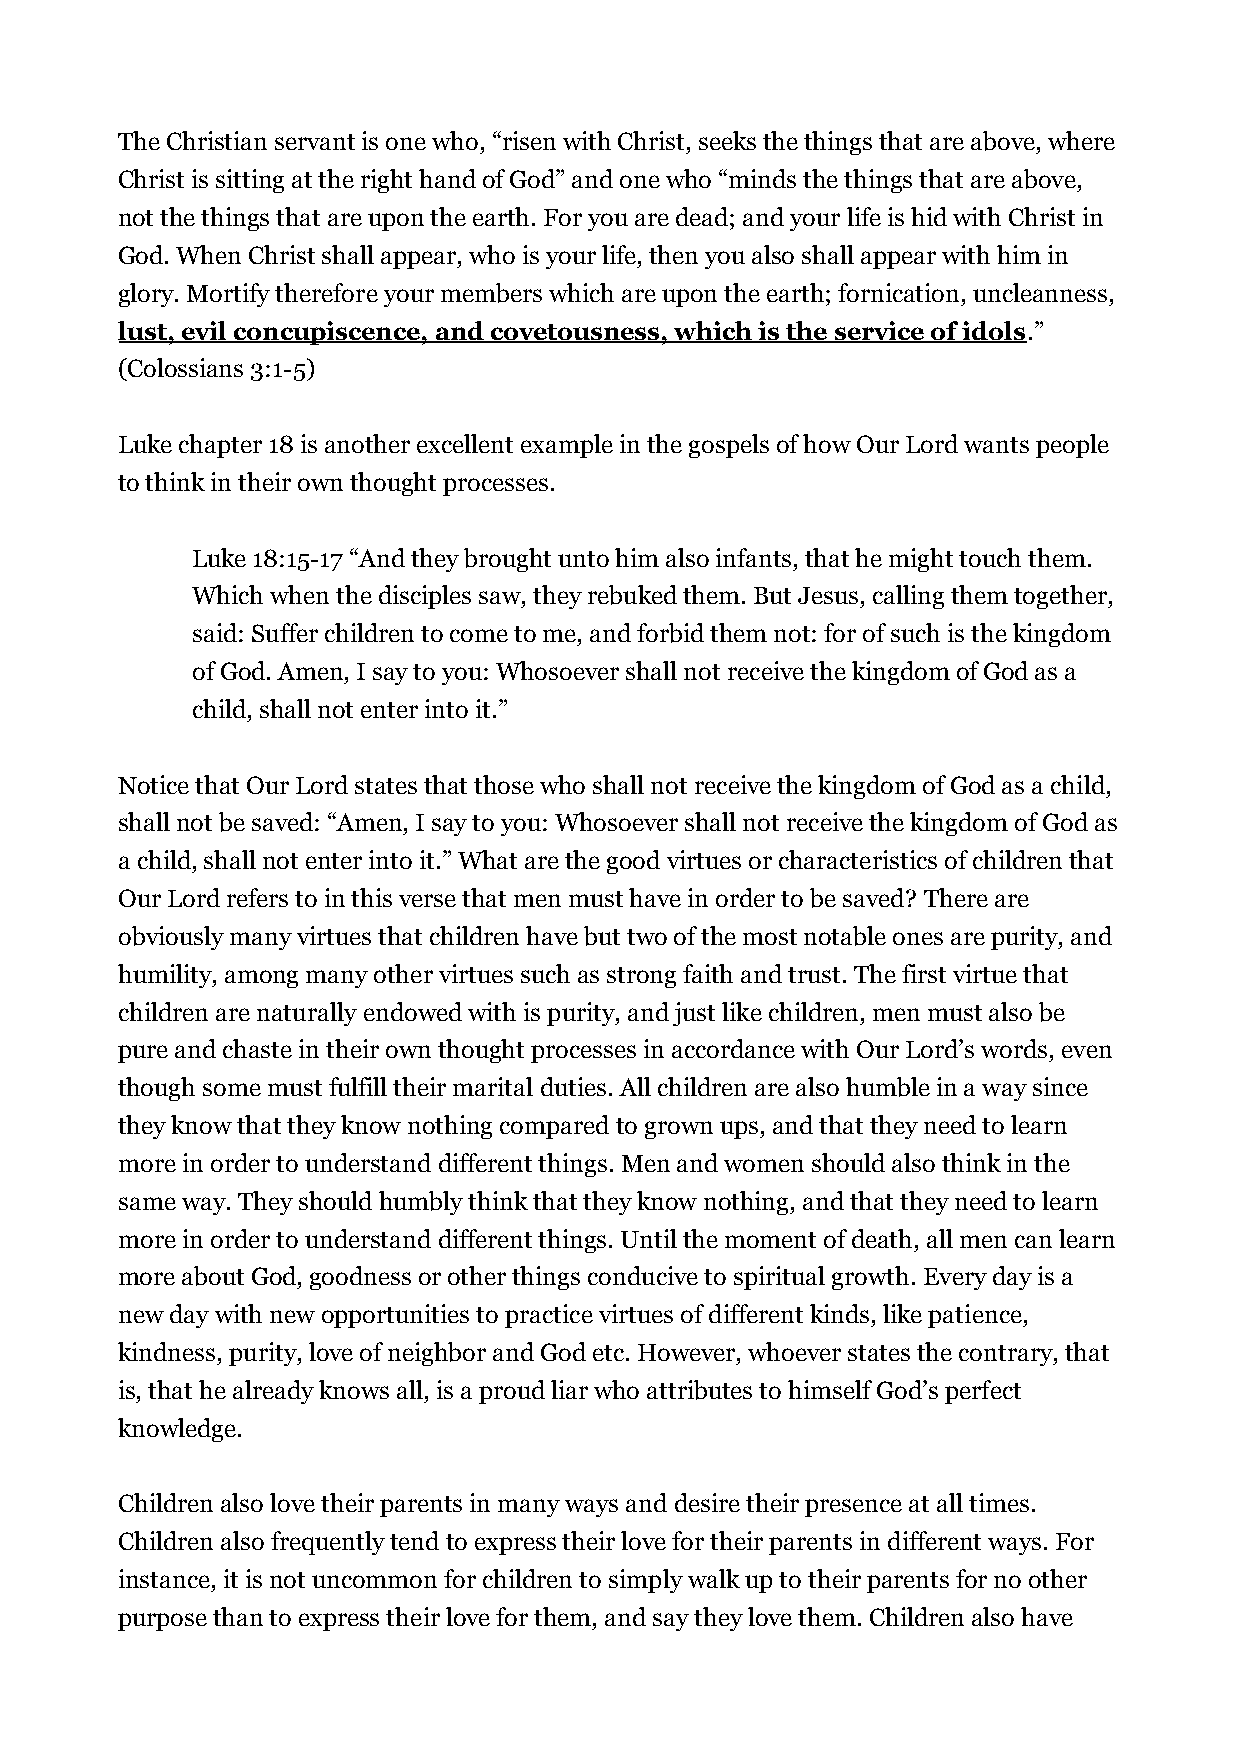
The Christian servant is one who, “risen with Christ, seeks the things that are above, where
 Christ is sitting at the right hand of God” and one who “minds the things that are above,
 not the things that are upon the earth. For you are dead; and your life is hid with Christ in
 God. When Christ shall appear, who is your life, then you also shall appear with him in
 glory. Mortify therefore your members which are upon the earth; fornication, uncleanness,
 lust, evil concupiscence, and covetousness, which is the service of idols.”
 (Colossians 3:1-5)
 Luke chapter 18 is another excellent example in the gospels of how Our Lord wants people
 to think in their own thought processes.
 Luke 18:15-17 “And they brought unto him also infants, that he might touch them.
 Which when the disciples saw, they rebuked them. But Jesus, calling them together,
 said: Suffer children to come to me, and forbid them not: for of such is the kingdom
 of God. Amen, I say to you: Whosoever shall not receive the kingdom of God as a
 child, shall not enter into it.”
 Notice that Our Lord states that those who shall not receive the kingdom of God as a child,
 shall not be saved: “Amen, I say to you: Whosoever shall not receive the kingdom of God as
 a child, shall not enter into it.” What are the good virtues or characteristics of children that
 Our Lord refers to in this verse that men must have in order to be saved? There are
 obviously many virtues that children have but two of the most notable ones are purity, and
 humility, among many other virtues such as strong faith and trust. The first virtue that
 children are naturally endowed with is purity, and just like children, men must also be
 pure and chaste in their own thought processes in accordance with Our Lord’s words, even
 though some must fulfill their marital duties. All children are also humble in a way since
 they know that they know nothing compared to grown ups, and that they need to learn
 more in order to understand different things. Men and women should also think in the
 same way. They should humbly think that they know nothing, and that they need to learn
 more in order to understand different things. Until the moment of death, all men can learn
 more about God, goodness or other things conducive to spiritual growth. Every day is a
 new day with new opportunities to practice virtues of different kinds, like patience,
 kindness, purity, love of neighbor and God etc. However, whoever states the contrary, that
 is, that he already knows all, is a proud liar who attributes to himself God’s perfect
 knowledge.
 Children also love their parents in many ways and desire their presence at all times.
 Children also frequently tend to express their love for their parents in different ways. For
 instance, it is not uncommon for children to simply walk up to their parents for no other
 purpose than to express their love for them, and say they love them. Children also have